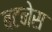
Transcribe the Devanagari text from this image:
बटनेस